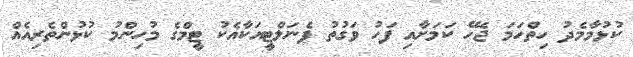
ކުޅުމާމެދު ހިތްހަމަ ޖެހޭ ކަމަށާއި ފަހު ވަގުތު ޕެނަލްޓީއަކާއެކު ޓީމްގެ މުހިންމު ކުޅުންތެރިއެއް